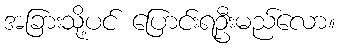
အခြားသို့ပင် ပြောင်းရဦးမည်လော။